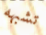
تشبهه